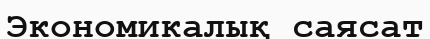
Экономикалық саясат